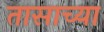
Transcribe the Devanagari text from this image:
तासाच्‍या